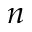
\boldsymbol { n }